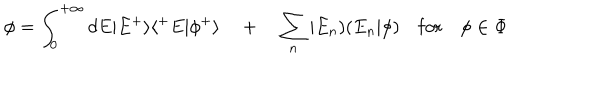
\phi = \int _ { 0 } ^ { + \infty } d E | E ^ { + } \rangle \langle ^ { + } E | \phi ^ { + } \rangle \quad + \quad \sum _ { n } | E _ { n } ) ( E _ { n } | \phi ) \quad \mathrm { f o r } \quad \phi \in \Phi